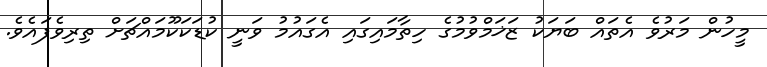
މީހުން މަރުވެ އެތައް ބަޔަކު ޒަޚަމްވުމުގެ ހިތާމައިގައި އެގައުމު ވަނީ ކުޑަކަކޫމައްޗަށް ތިރިވެފައެވެ.